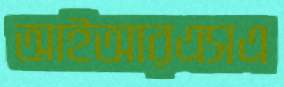
আইআরএসএ